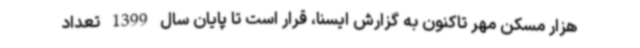
هزار مسکن مهر تاکنون به گزارش ایسنا، قرار است تا پایان سال 1399 تعداد